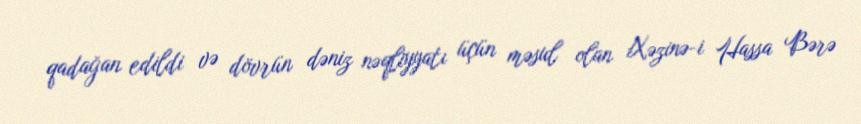
qadağan edildi və dövrün dəniz nəqliyyatı üçün məsul olan Xəzinə-i Hassa Bərə